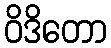
ဝိဒိတော